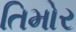
તિમોર